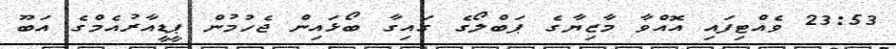
23:53 ވެއްޓިފައި އޮއްވާ މާޒިޔާގެ ޕަބްލޯގެ ގައިގާ ބޯޅައިން ޖެހުމުން ޕީޑީއާރުއެމްގެ އަބޫ